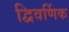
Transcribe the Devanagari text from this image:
द्विवर्णिक